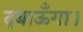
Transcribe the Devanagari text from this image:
दबाऊँगा।